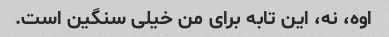
اوه، نه، این تابه برای من خیلی سنگین است.